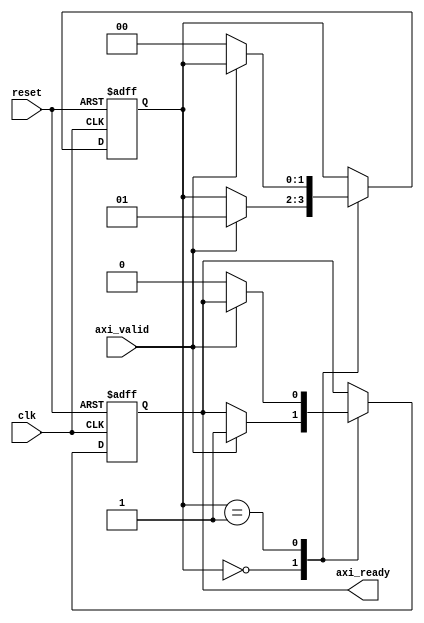
module axi_timing_control_and_sync (
    input wire clk,           // Clock signal
    input wire reset,         // Reset signal
    input wire axi_valid,     // Valid signal for AXI transactions
    output reg axi_ready      // Ready signal for AXI transactions
);

reg [1:0] state;             // State machine to manage timing requirements

always @(posedge clk or posedge reset) begin
    if (reset) begin
        state <= 2'b00;     // Initial state
        axi_ready <= 0;     // Set ready signal to low
    end else begin
        case(state)
            2'b00: begin      // Idle state
                if (axi_valid) begin
                    state <= 2'b01;     // Move to next state
                    axi_ready <= 1;     // Set ready signal to high
                end
            end
            2'b01: begin      // Busy state
                if (!axi_valid) begin
                    state <= 2'b00;     // Move back to idle state
                    axi_ready <= 0;     // Set ready signal to low
                end
            end
        endcase
    end
end

endmodule